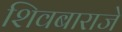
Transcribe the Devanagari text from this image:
शिवबाराजे